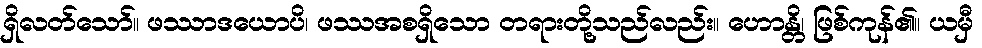
ရှိလတ်သော်။ ဖဿာဒယောပိ၊ ဖဿအစရှိသော တရားတို့သည်လည်း။ ဟောန္တိ၊ ဖြစ်ကုန်၏။ ယမှီ